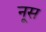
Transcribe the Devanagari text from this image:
नूस